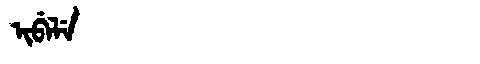
Manchu: ᡳᠪᡝᠯᡝ
Romanization: IBELE